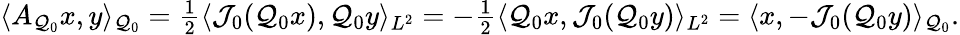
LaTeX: \begin{array}{r}{\langle A_{\mathcal{Q}_{0}}x,y\rangle_{\mathcal{Q}_{0}}=\frac{1}{2}\langle\mathcal{J}_{0}(\mathcal{Q}_{0}x),\mathcal{Q}_{0}y\rangle_{L^{2}}=-\frac{1}{2}\langle\mathcal{Q}_{0}x,\mathcal{J}_{0}(\mathcal{Q}_{0}y)\rangle_{L^{2}}=\langle x,-\mathcal{J}_{0}(\mathcal{Q}_{0}y)\rangle_{\mathcal{Q}_{0}}.}\end{array}